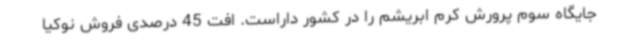
جایگاه سوم پرورش کرم ابریشم را در کشور داراست. افت 45 درصدی فروش نوکیا